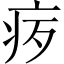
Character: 𪽨